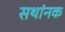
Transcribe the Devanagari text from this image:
सथांनक